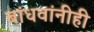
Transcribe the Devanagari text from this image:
बांधवांनीही